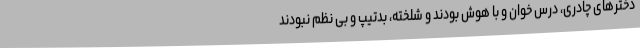
دخترهای چادری، درس خوان و با هوش بودند و شلخته، بدتیپ و بی نظم نبودند